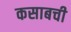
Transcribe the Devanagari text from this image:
कसाबची